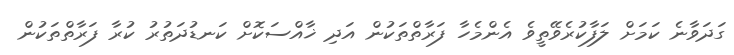
ގަދަވާނެ ކަމަށް ލަފާކުރެވޭތީވެ އެންމެހާ ފަރާތްތަކުން އަދި ޚާއްސަކޮށް ކަނޑުދަތުރު ކުރާ ފަރާތްތަކުން